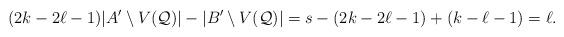
LaTeX: \begin{align*}(2k-2\ell-1)|A'\setminus V(\mathcal Q)| - |B'\setminus V(\mathcal Q)|=s - (2k-2\ell-1) + (k-\ell-1) =\ell.\end{align*}